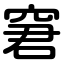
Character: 窘